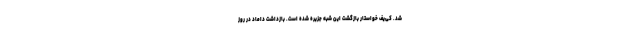
شد. کی‌یف خواستار بازگشت این شبه جزیره شده است. بازداشت داماد در روز